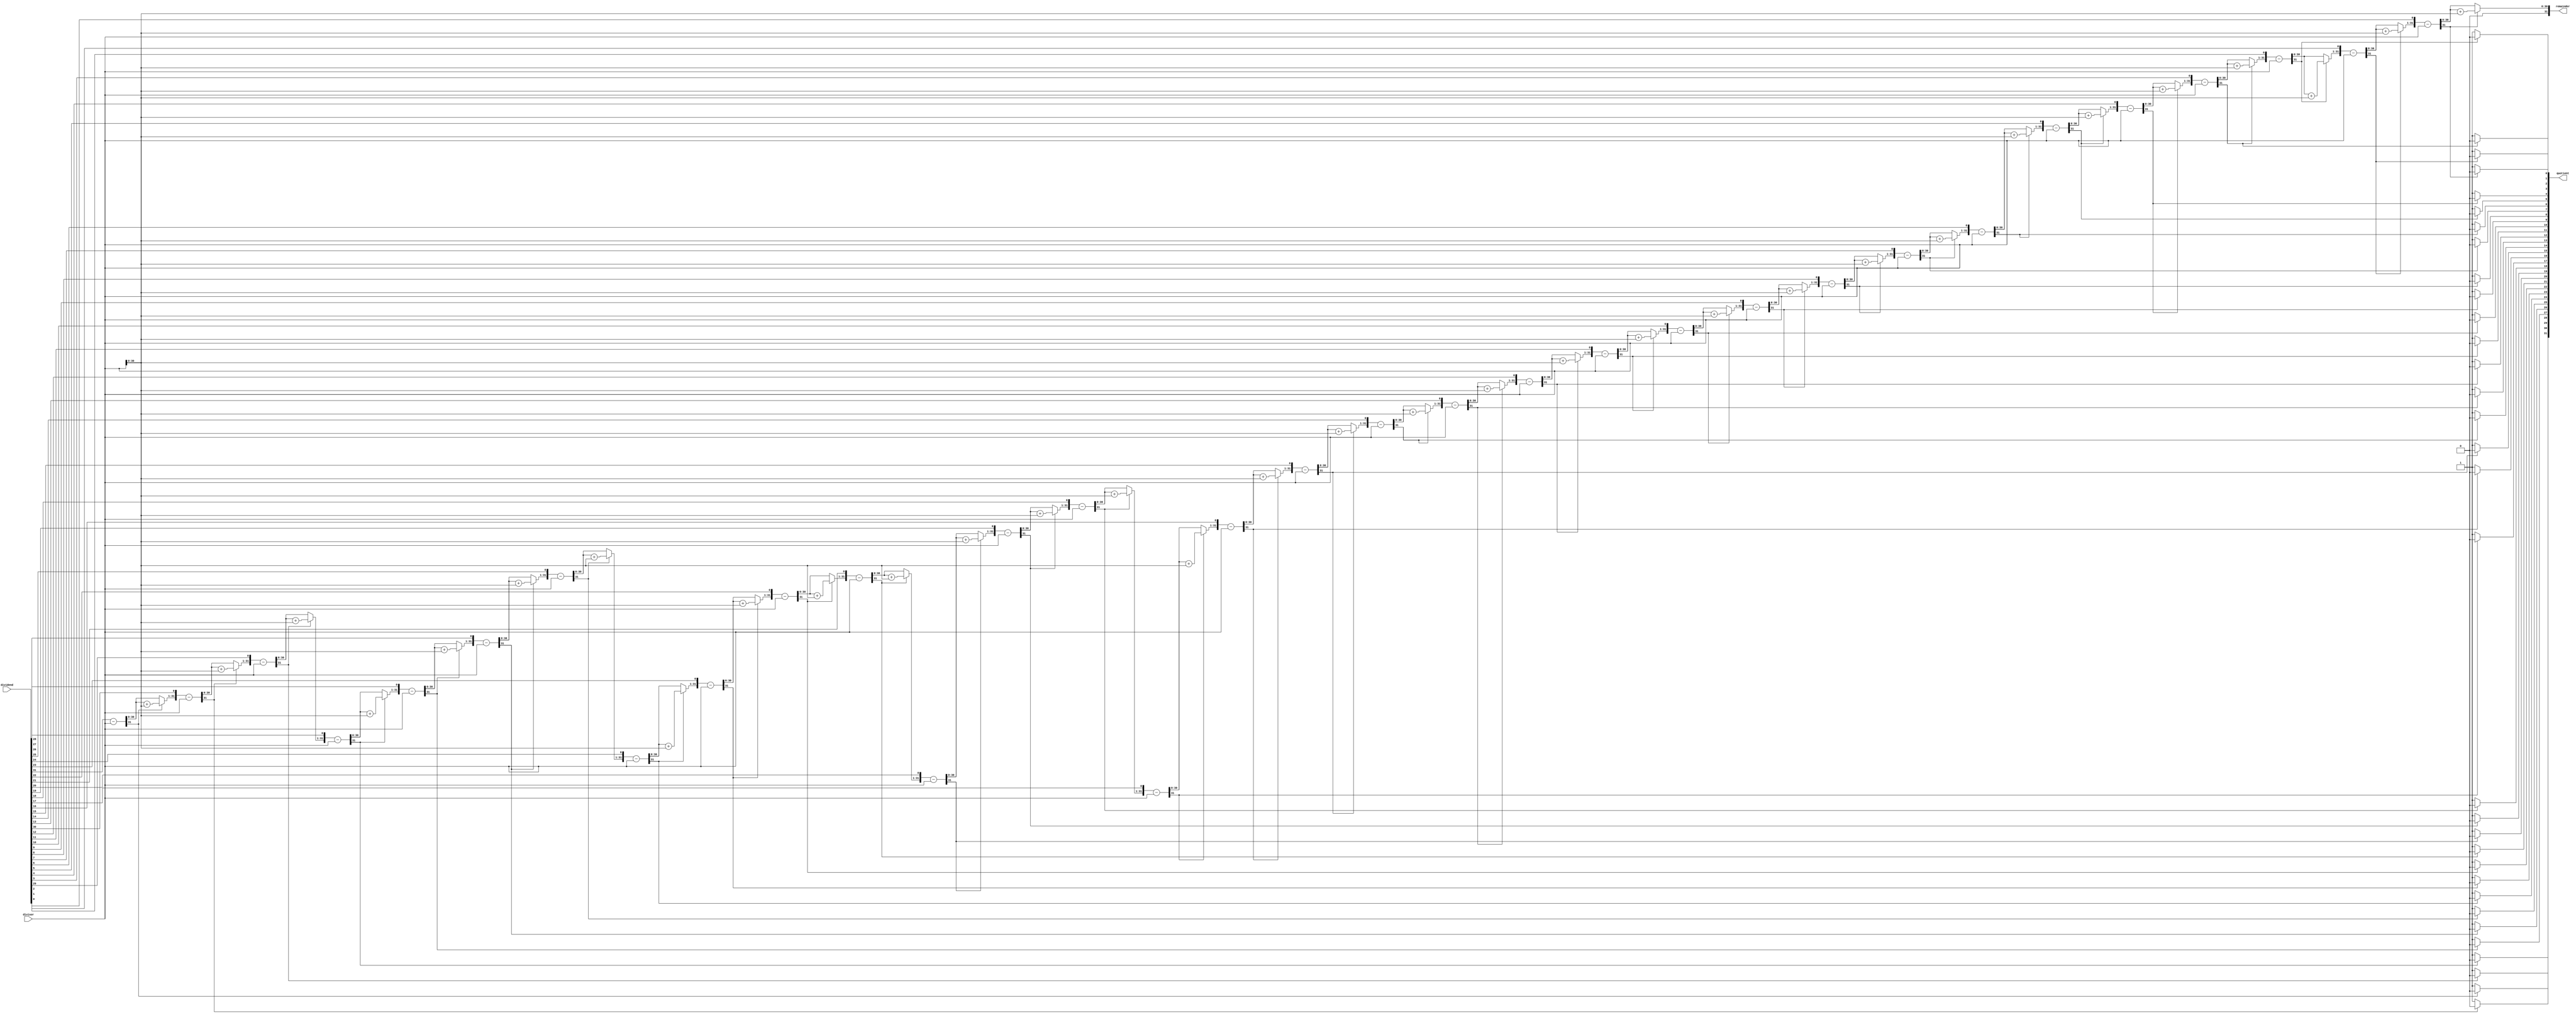
`timescale 1ns / 1ps

module divide(input [31:0] dividend, divisor, output reg [31:0] quotient, output reg [31:0] remainder);
    reg [31:0] m, q;
    reg [32:0] a;
    integer i;

    always @ (*)
    begin
        q = dividend;
        m = divisor;
        a = 0;
        for(i = 0; i < 32; i = i+1)
        begin
            a = {a[30:0], q[31]};
            q[31:1] = q[30:0];
            a = a - m;
            if(a[31] == 1)
            begin
                q[0] = 0;
                a = a + m;
            end
            else
            begin
                q[0] = 1;
            end
        end
        quotient = q;
        remainder = a[30:0]; // The remainder is the final value of 'a' after the loop.
    end 

endmodule